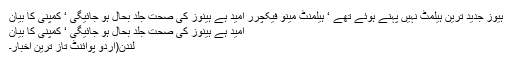
ہیوز جدید ترین ہیلمٹ نہیں پہنے ہوئے تھے ‘ ہیلمنٹ مینو فیکچرر امید ہے ہینوز کی صحت جلد بحال ہو جائیگی ‘ کمپنی کا بیان
امید ہے ہینوز کی صحت جلد بحال ہو جائیگی ‘ کمپنی کا بیان
لندن(اُردو پوائنٹ تاز ترین اخبار۔